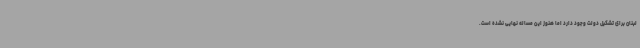
لبنان برای تشکیل دولت وجود دارد اما هنوز این مساله نهایی نشده است.